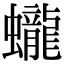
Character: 蠬